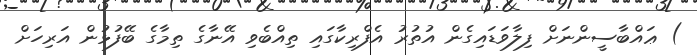
) ޢައްބާސީންނަށް ފިލާވަޑައިގެން އުތުރު އެފްރިކާގައި ތިއްބެވި އޭނާގެ ތިމާގެ ބޭފުޅުން އަރިހަށް